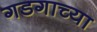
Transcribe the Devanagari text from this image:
गडगाच्या